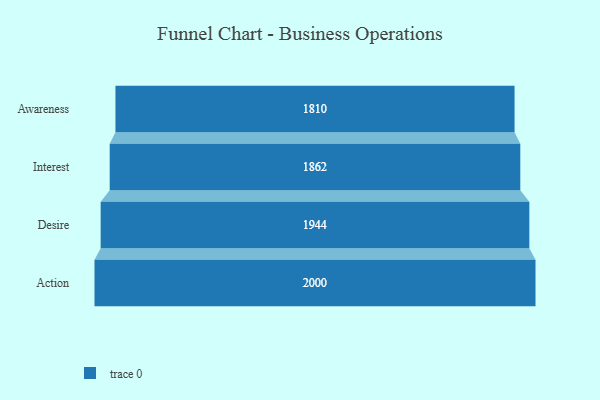
{"axis": {"x": "Stage", "y": "Value"}, "legend": [""], "data": [{"x": "Awareness", "y": 1810.0, "type": ""}, {"x": "Interest", "y": 1862.0, "type": ""}, {"x": "Desire", "y": 1944.0, "type": ""}, {"x": "Action", "y": 2000, "type": ""}]}